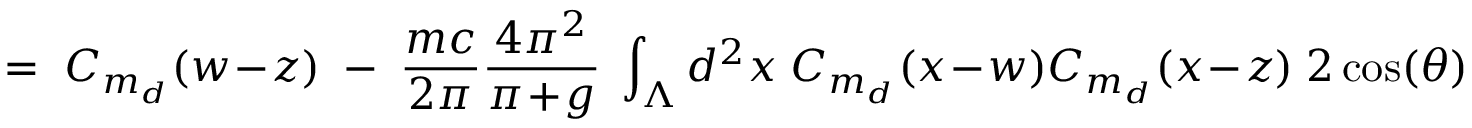
= \; C _ { m _ { d } } ( w \! - \! z ) \; - \; \frac { m c } { 2 \pi } \frac { 4 \pi ^ { 2 } } { \pi \! + \! g } \; \int _ { \Lambda } d ^ { 2 } x \; C _ { m _ { d } } ( x \! - \! w ) C _ { m _ { d } } ( x \! - \! z ) \; 2 \cos ( \theta )